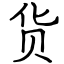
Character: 货